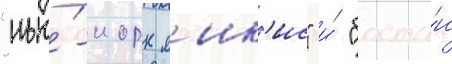
"нью́-иорк янк'ис" и́ "босто́н